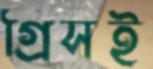
গ্রিসই